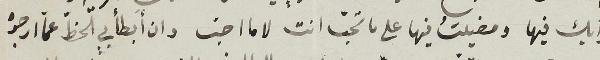
رأيك فيها ومضيتُ فيها على ما تحبّ انت لا ما احبّ وان ابطأ بي الخطّ عما أرجوه